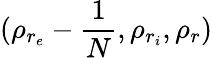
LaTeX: (\rho_{r_{e}}-\frac{1}{N},\rho_{r_{i}},\rho_{r})